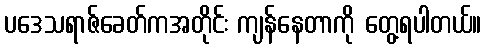
ပဒေသရာဇ်ခေတ်ကအတိုင်း ကျန်နေတာကို တွေ့ရပါတယ်။